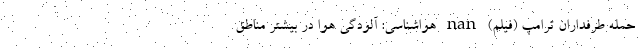
حمله طرفداران ترامپ (فیلم) nan هواشناسی: آلودگی هوا در بیشتر مناطق